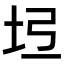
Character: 𡉶